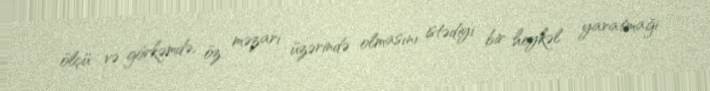
ölçü və görkəmdə, öz məzarı üzərində olmasını istədiyi bir heykəl yaratmağı